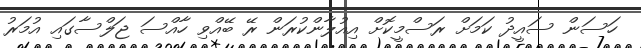
ހަސަން ސައީދު ކަމަށް ރަސްމީކޮށް އިއުލާންކުރަން ރޭ ބޭއްވި ހާއްސަ ޖަލްސާގައި އުމަރު